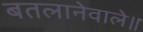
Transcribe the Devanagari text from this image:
बतलानेवाले॥